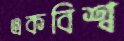
একবিশ্ব